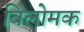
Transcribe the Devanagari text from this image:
विलोमक